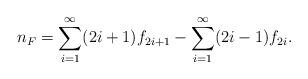
LaTeX: \begin{align*}n_F= \sum_{i=1}^\infty(2i+1)f_{2i+1}-\sum_{i=1}^\infty(2i-1)f_{2i}.\end{align*}